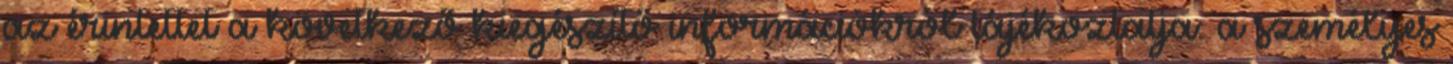
az érintettet a következő kiegészítő információkról tájékoztatja: a személyes